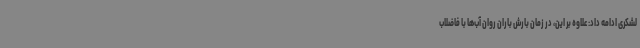
لشکری ادامه داد: علاوه بر این، در زمان بارش باران روان آب‌ها با فاضلاب